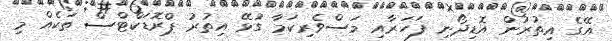
އޭގެ އިތުރުން އޮޑިދޯނި ފަހަރާއި މަސްވެރިކަމާ ގުޅޭ އިތުރު ޕްރޮޑަކްޓްސް ތަކެއް މި